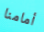
أمامنا